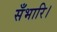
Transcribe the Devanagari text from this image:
सँभारि।